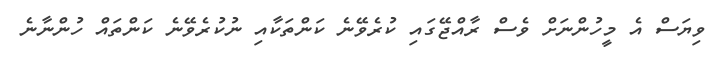
ވިޔަސް އެ މީހުންނަށް ވެސް ރާއްޖޭގައި ކުރެވޭނެ ކަންތަކާއި ނުކުރެވޭނެ ކަންތައް ހުންނާނެ